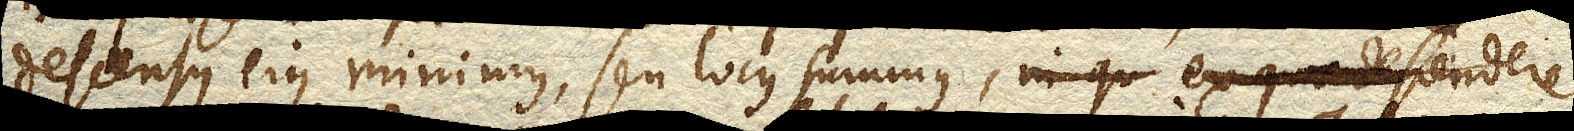
descensus ejus minimus, seu locus summus, in qu ex quo descendere